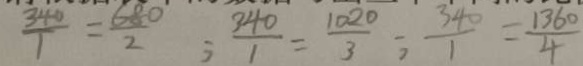
\frac { 3 4 0 } { 1 } = \frac { 6 0 0 } { 2 } ; \frac { 3 4 0 } { 1 } = \frac { 1 0 2 0 } { 3 } ; \frac { 3 4 } { 1 } = \frac { 1 3 6 0 } { 4 }